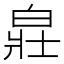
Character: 𤽸